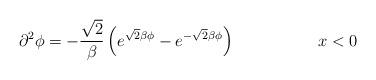
LaTeX: \begin{align*}\partial^{2} \phi =-\frac{\sqrt{2}}{\beta}\left(e^{\sqrt{2} \beta \phi}-e^{-\sqrt{2} \beta \phi} \right) \hspace{.5in} \qquad x<0\end{align*}